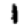
Digit: 1